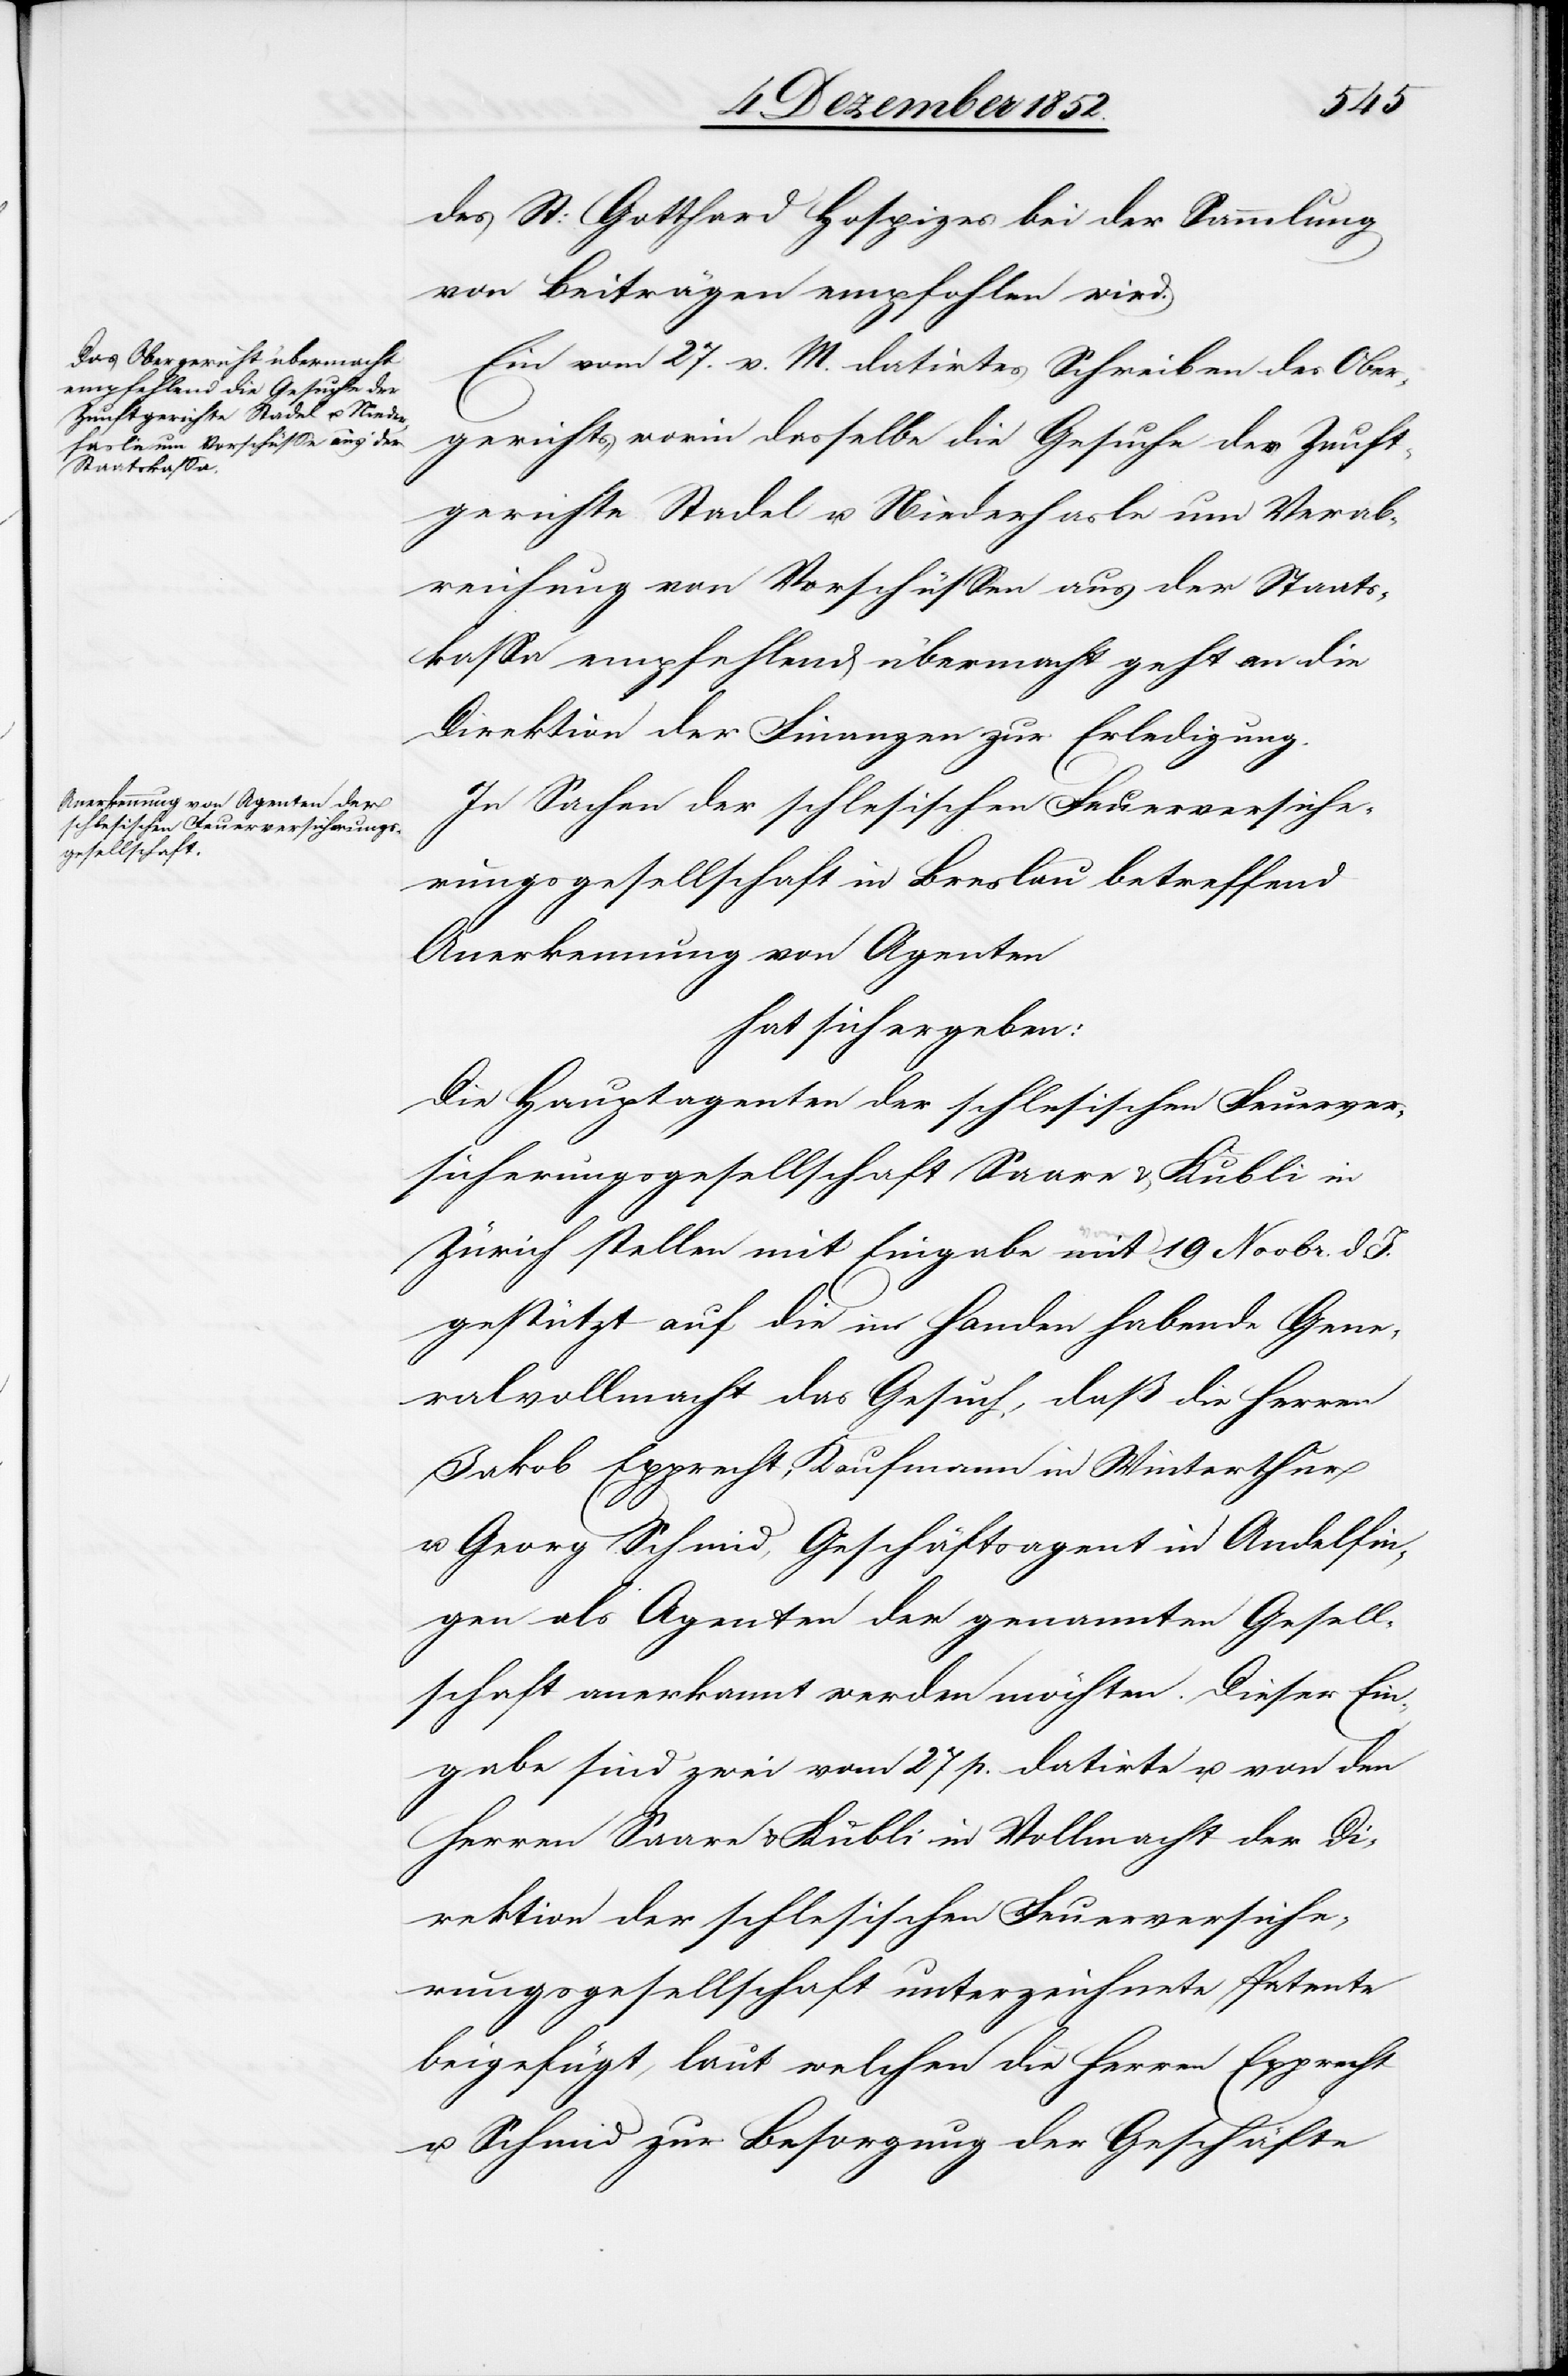
des St: Gotthard Hospizes bei der Sammlung
von Beiträgen empfohlen wird.
Ein vom 27. v. M. datirtes Schreiben des Ober¬
gerichts, worin dasselbe die Gesuche der Zunft¬
gerichte Stadel u. Niederhasle um Verab¬
reichung von Vorschüssen aus der Staats¬
kassa empfehlend übermacht geht an die
Direktion der Finanzen zur Erledigung.
In Sachen der schlesischen Feuerversiche¬
rungsgesellschaft in Breslau betreffend
Anerkennung von Agenten
hat sich ergeben:
Die Hauptagenten der schlesischen Feuerver¬
sicherungsgesellschaft Saare & Kubli in
Zürich stellen mit Eingabe mit [recte: vom]
gestützt auf die im [sic!] Handen habende Gene¬
ralvollmacht das Gesuch, daß die Herren
Jakob Epprecht, Kaufmann in Winterthur
u. Georg Schmid, Geschäftsagent in Andelfin¬
gen als Agenten der genannten Gesell¬
schaft anerkannt werden möchten. Dieser Ein¬
gabe sind zwei vom 27 p. datirte u. von den
Herren Saare & Kubli in Vollmacht der Di¬
rektion der schlesischen Feuerversiche¬
rungsgesellschaft unterzeichnete Patente
beigefügt, laut welchen die Herren Epprecht
u. Schmid zur Besorgung der Geschäfte